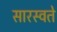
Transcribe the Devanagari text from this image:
सारस्वते